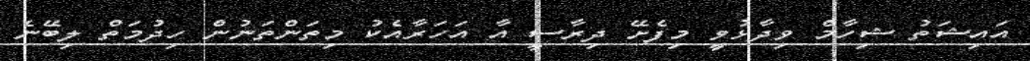
އައިޝަތު ޝިހާމް ވިދާޅުވީ މިފެށޭ ދިރާސީ އާ އަހަރާއެކު މިތަންތަނުން ހިދުމަތް ލިބޭނެ